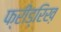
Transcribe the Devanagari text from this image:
फ्रीड्रिख़